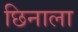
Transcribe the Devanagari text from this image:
छिनाला